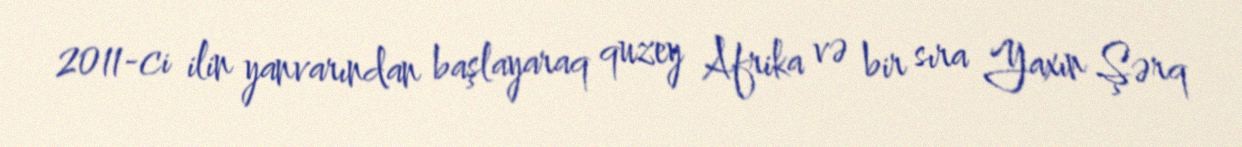
2011-ci ilin yanvarından başlayaraq quzey Afrika və bir sıra Yaxın Şərq